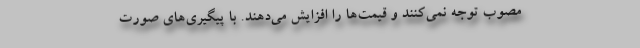
مصوب توجه نمی‌کنند و قیمت‌ها را افزایش می‌دهند. با پیگیری‌های صورت